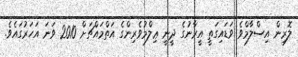
ލޮރިން އިސްލާމްވެ ވަޑައިގަތީ އީރާނުގެ ދީނީ ޢިލްމުވެރިންގެ އަތްމައްޗަށް 2010 ވަނަ އަހަރުގައެވެ.